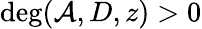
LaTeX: \deg(\mathcal{A},D,z)>0